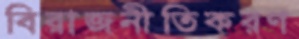
বিরাজনীতিকরণ